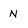
Character: N